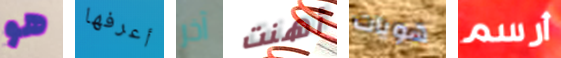
هو أعرفها آخر أهنت هويات أرسم